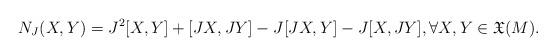
LaTeX: \begin{align*}N_{J}(X,Y)=J^2[X,Y]+[JX, JY]-J [JX, Y]-J[X, JY], \forall X, Y \in {\mathfrak X} (M).\end{align*}